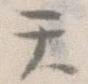
て